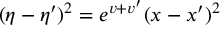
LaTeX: ( \eta - \eta ^ { \prime } ) ^ { 2 } = e ^ { v + v ^ { \prime } } ( x - x ^ { \prime } ) ^ { 2 }